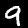
Digit: 9